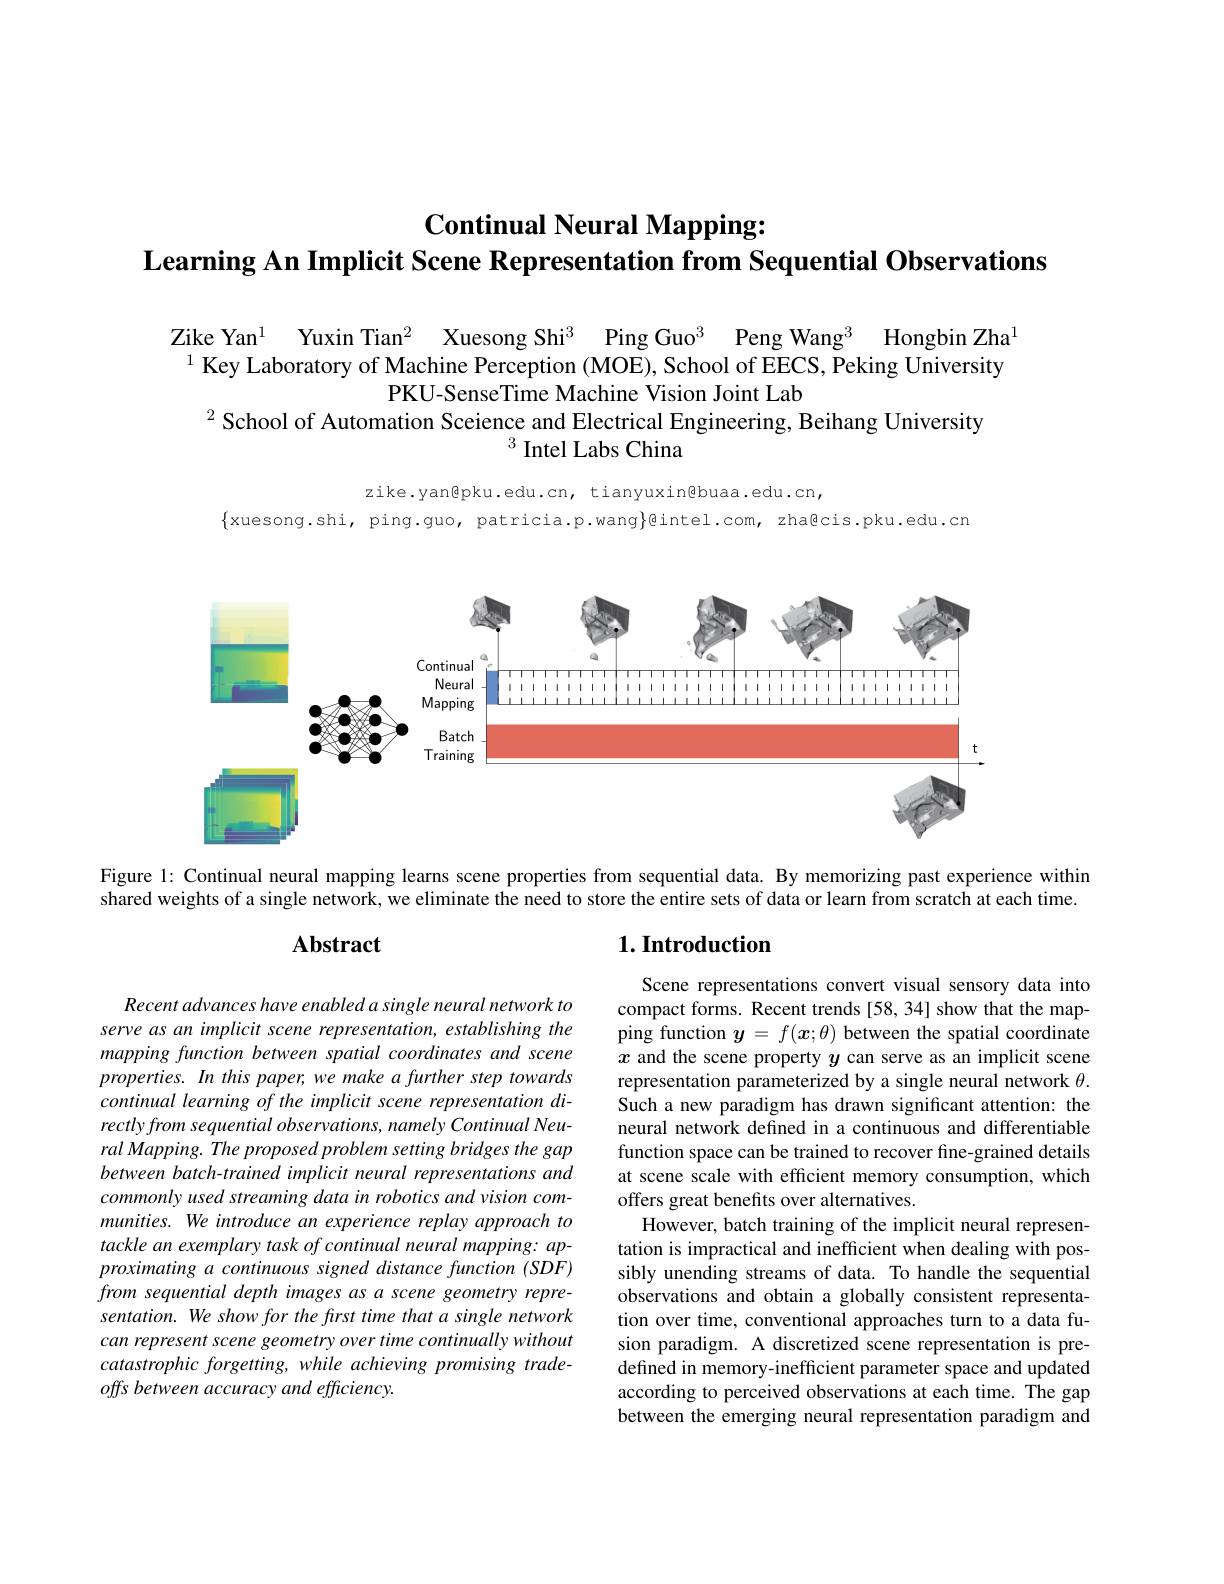
# $\textbf{Continual Neural Mapping: }$ Learning An Implicit Scene Representation from Sequential Observations

Zike Yan$^1$ Yuxin Tian$^2$ Xuesong Shi$^3$ Ping Guo$^3$ Peng Wang$^3$ Hongbin Zha $^{1}$ Key Laboratory of Machine Perception (MOE), School of EECS, Peking University
PKU-SenseTime Machine Vision Joint Lab
$^{2}$ School of Automation Sceience and Electrical Engineering, Beihang University
$^{3}$ Intel Labs China

zike.yanêpku.edu.cn, tianyuxinêbuaa.edu.cn,
$\{$xuesong.shi, ping.guo, patricia.p.wang}]色intel.com, zhagcis.pku.edu.cn

<FigureHere>

Figure 1: Continual neural mapping learns scene properties from sequential data. By memorizing past experience within

shared weights of a single network, we eliminate the need to store the entire sets of data or learn from scratch at each time.

# Abstract

## $1. \textbf{Introduction}$

Recent advances have enabled a single neural network to serve as an implicit scene representation, establishing the mapping function between spatial coordinates and scene properties. In this paper, we make a further step towards continual learning of the implicit scene representation directly from sequential observations, namely Continual Neural Mapping. The proposed problem setting bridges the gap between batch-trained implicit neural representations and commonlyusedstreaming data in robotics and vision communities. We introduce an experience replay approach to tackle an exemplary task of continual neural mapping: approximatinga continuous signed distance function (SDF) from sequential depth images as a scene geometry representation. We show for the frst time that a single network can represent scene geometry over time continually without $catastrophic\textit{ forgetting, while achieving promising trade- }$ offs between accuracy and efficiency.

Scene representations convert visual sensory data into compact forms. Recent trends [58,34] show that the mapping function $y=f(\boldsymbol x;\theta)$ between the spatial coordinate $x$ and the scene property $y$ can serve as an implicit scene representation parameterized by a single neural network $\theta.$ Such a new paradigm has drawn significant attention: the neural network defined in a continuous and differentiable function space can be trained to recover fine-grained details at scene scale with efficient memory consumption, which offers great benefits over alternatives.
However, batch training of the implicit neural representation is impractical and inefficient when dealing with possibly unending streams of data. To handle the sequential observations and obtain a globally consistent representation over time, conventional approaches turn to a data fusion paradigm. A discretized scene representation is predefined in memory-inefficient parameter space and updated according to perceived observations at each time. The gap between the emerging neural representation paradigm and